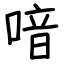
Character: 喑